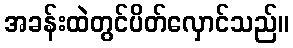
အခန်းထဲတွင်ပိတ်လှောင်သည်။